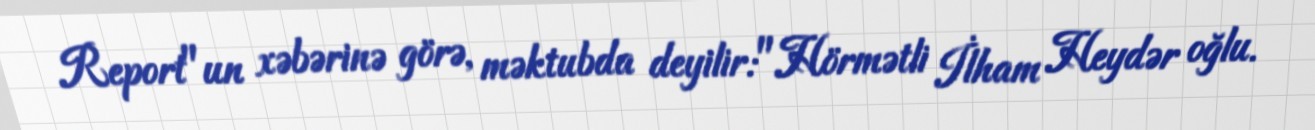
Report"un xəbərinə görə, məktubda deyilir:"Hörmətli İlham Heydər oğlu.